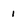
Character: i